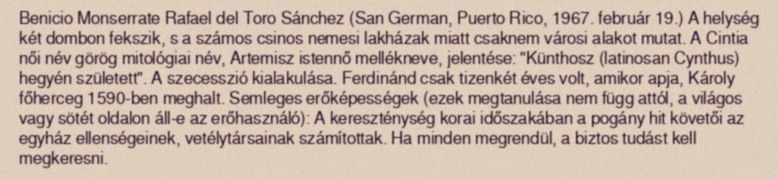
Benicio Monserrate Rafael del Toro Sánchez (San German, Puerto Rico, 1967. február 19.) A helység két dombon fekszik, s a számos csinos nemesi lakházak miatt csaknem városi alakot mutat. A Cintia női név görög mitológiai név, Artemisz istennő mellékneve, jelentése: "Künthosz (latinosan Cynthus) hegyén született". A szecesszió kialakulása. Ferdinánd csak tizenkét éves volt, amikor apja, Károly főherceg 1590-ben meghalt. Semleges erőképességek (ezek megtanulása nem függ attól, a világos vagy sötét oldalon áll-e az erőhasználó): A kereszténység korai időszakában a pogány hit követői az egyház ellenségeinek, vetélytársainak számítottak. Ha minden megrendül, a biztos tudást kell megkeresni.